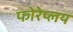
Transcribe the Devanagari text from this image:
फोरेप्लय